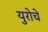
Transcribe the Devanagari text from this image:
युरोचे